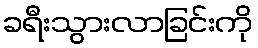
ခရီးသွားလာခြင်းကို